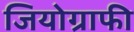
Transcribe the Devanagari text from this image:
जियोग्राफी